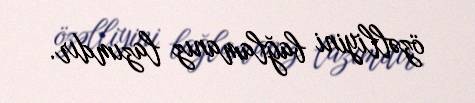
özəlliyini bağlamanız lazımdır.